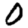
Digit: 0